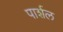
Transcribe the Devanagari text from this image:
पार्शल